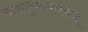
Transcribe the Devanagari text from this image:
लोकलुभावनवाद